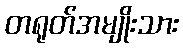
တရုတ်အမျိုးသား